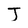
Character: J